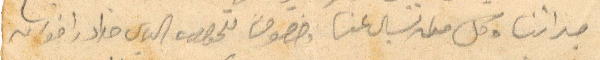
جداتنا وكل من يسال عنا وخصوصي للجواب الياس حداد واخوانه